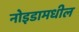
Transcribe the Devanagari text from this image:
नोइडामधील